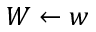
W \leftarrow w